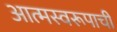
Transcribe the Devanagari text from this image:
आत्मस्वरूपाची